Plague in India, 1896, 1897 - Volume 3
Year: 1896
Disease focus: Plague
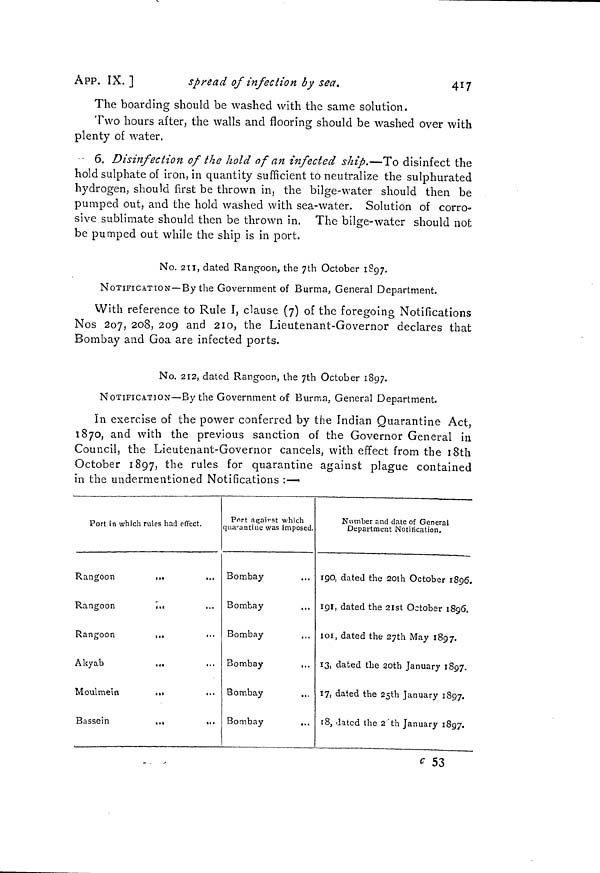
ÁPP. IX. ]
spread of infection by sea.
417
The boarding should be washed with the same solution.
Two hours after, the walls and flooring should be washed over with
plenty of water.
• 6. Disinfection of the hold of an infected ship.—To disinfect the
hold sulphate of iron, in quantity sufficient to neutralize the sulphurated
hydrogen, should first be thrown in, the bilge-water should then be
pumped out, and the hold washed with sea-water. Solution of corro-
sive sublimate should then be thrown in. The bilge-water should not
be pumped out while the ship is in port.
No. 211, dated Rangoon, the 7th October 1897.
NOTIFICATION—By the Government of Burma, General Department.
With reference to Rule I, clause (7) of the foregoing Notifications
Nos 207, 208, 209 and 210, the Lieutenant-Governor declares that
Bombay and Goa are infected ports.
No. 212, dated Rangoon, the 7th October 1897.
NOTIFICATION—By the Government of Burma, General Department.
In exercise of the power conferred by the Indian Quarantine Act,
1870, and with the previous sanction of the Governor General in
Council, the Lieutenant-Governor cancels, with effect from the i8th
October 1897, ^i e ru l es f°r quarantine against plague contained
in the undermentioned Notifications :—•
Port in which rules had effect.
Rangoon
t..
...
Rangoon
\<>
Rangoon
...
Akyab
.,.
Moulmein
•»•
•••
Bassein
...
Port aEjai^st which
quarantine was imposed.
Bombay
...
Bombay
Bombay
Bombay
,..
Bombay
Bombay
...
Number and date of General
Department Notification.
190, dated the 20th October 1896.
191, dated the 2ist October 1896.
i oí, dated the 27th May 1897.
13, dated the 2Otb January 1897.
17, dated the 25th January 1897.
1 8, dated the 2'th January 1897.
c 53